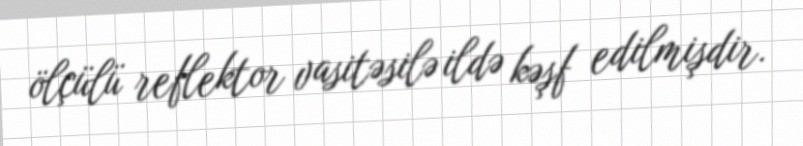
ölçülü reflektor vasitəsilə ildə kəşf edilmişdir.